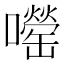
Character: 𫬨